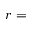
r =